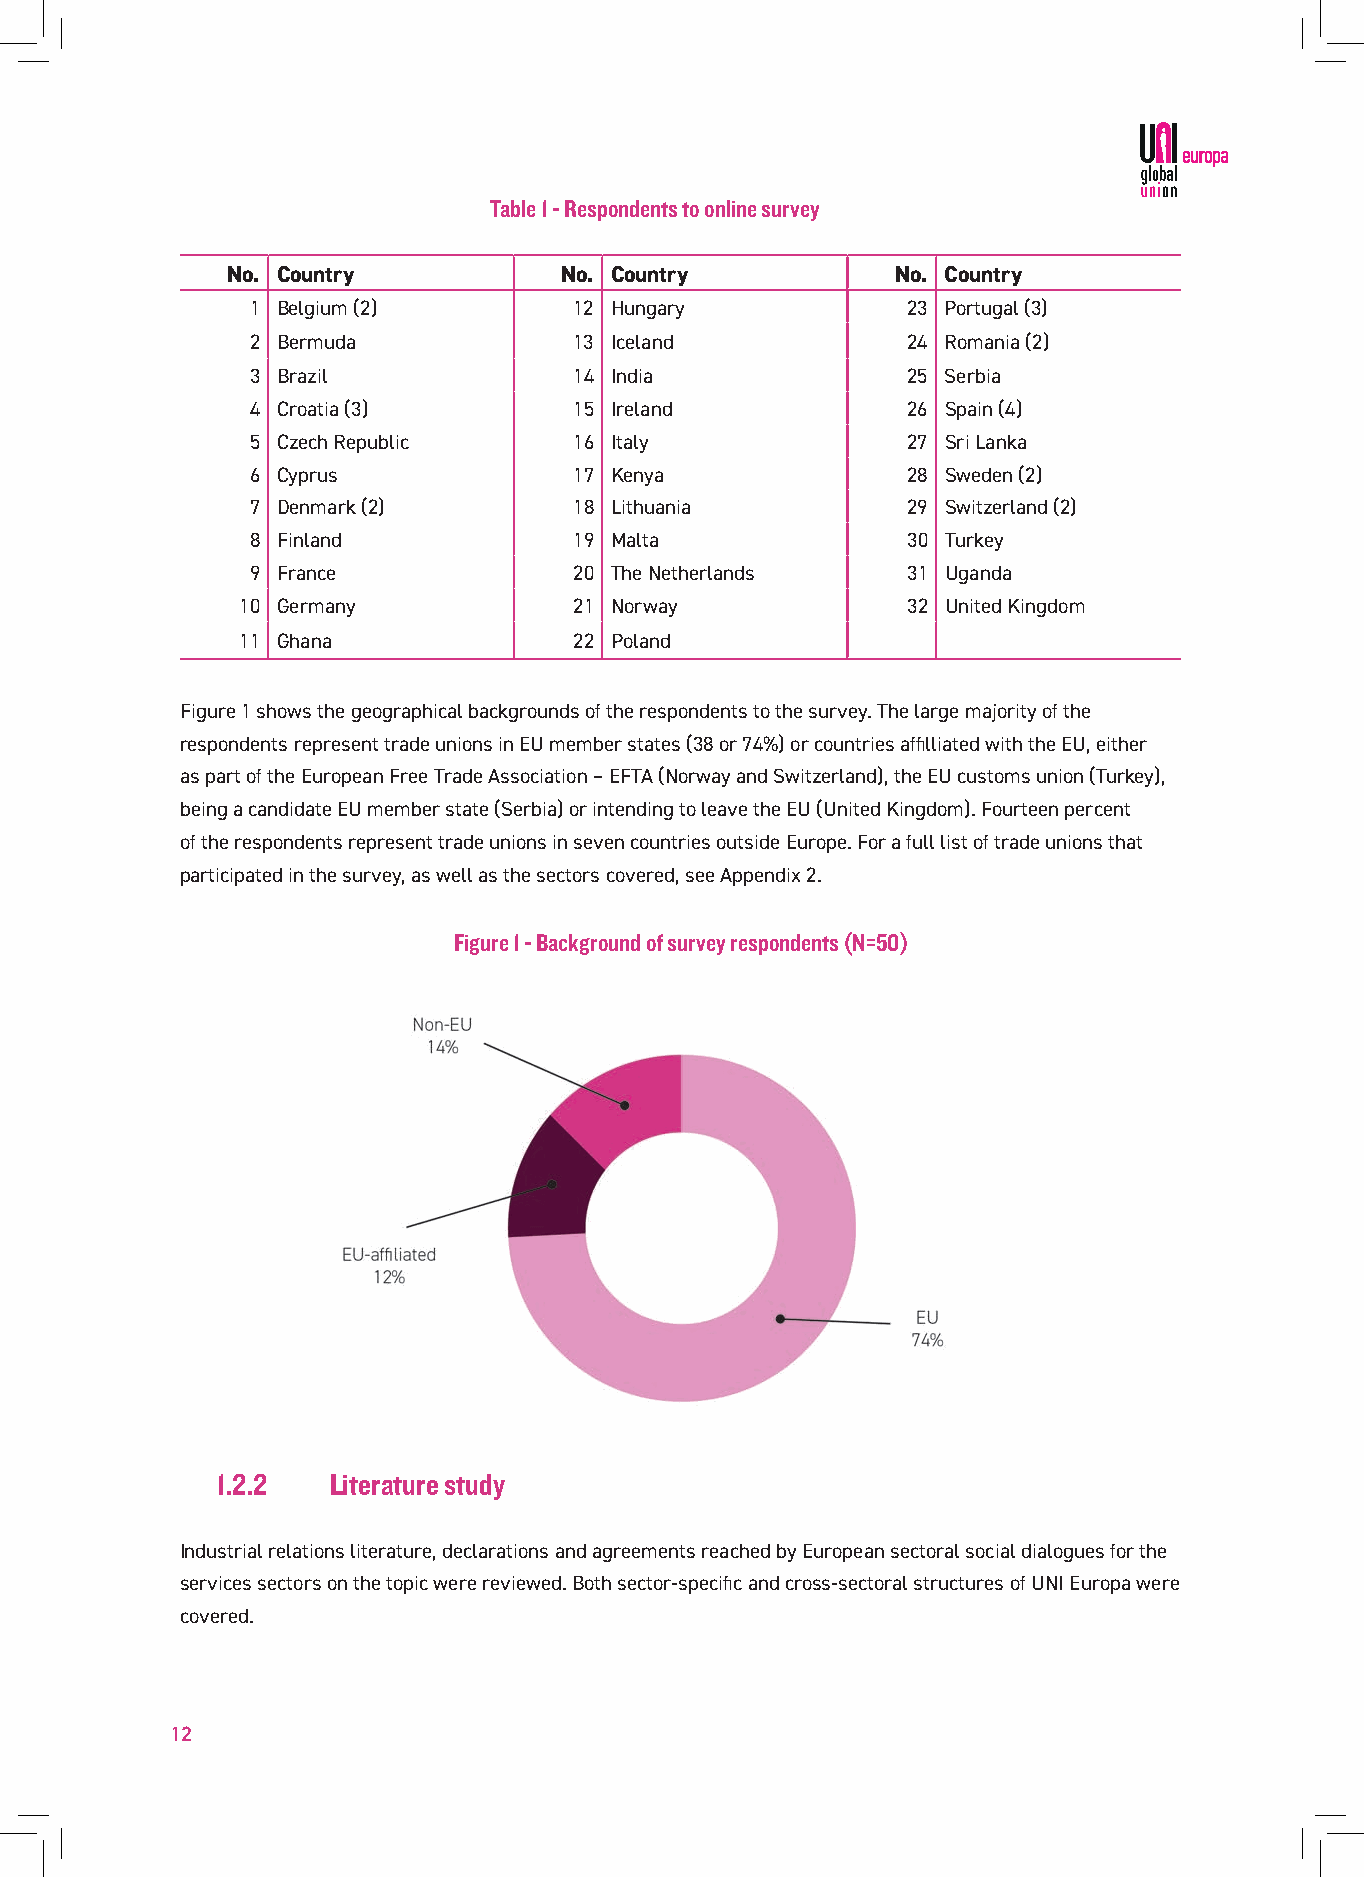
Table 1 - Respondents to online survey
 No. Country           No. Country           No. Country
 1 Belgium (2)        12 Hungary            23 Portugal (3)
 2 Bermuda            13 Iceland            24 Romania (2)
 3 Brazil             14 India              25 Serbia
 4 Croatia (3)        15 Ireland            26 Spain (4)
 5 Czech Republic     16 Italy              27 Sri Lanka
 6 Cyprus             17 Kenya              28 Sweden (2)
 7 Denmark (2)        18 Lithuania          29 Switzerland (2)
 8 Finland            19 Malta              30 Turkey
 9 France             20 The Netherlands    31 Uganda
 10 Germany            21 Norway             32 United Kingdom
 11 Ghana              22 Poland
 Figure 1 shows the geographical backgrounds of the respondents to the survey. The large majority of the
 respondents represent trade unions in EU member states (38 or 74%) or countries affilliated with the EU, either
 as part of the European Free Trade Association – EFTA (Norway and Switzerland), the EU customs union (Turkey),
 being a candidate EU member state (Serbia) or intending to leave the EU (United Kingdom). Fourteen percent
 of the respondents represent trade unions in seven countries outside Europe. For a full list of trade unions that
 participated in the survey, as well as the sectors covered, see Appendix 2.
 Figure 1 - Background of survey respondents (N=50)
 1.2.2   Literature study
 Industrial relations literature, declarations and agreements reached by European sectoral social dialogues for the
 services sectors on the topic were reviewed. Both sector-specific and cross-sectoral structures of UNI Europa were
 covered.
 12